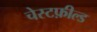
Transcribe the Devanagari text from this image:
चेस्टफ़ील्ड